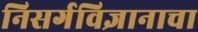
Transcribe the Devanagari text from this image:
निसर्गविज्ञानाचा